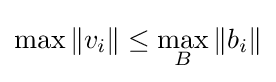
\max \|v_{i}\|\leq \max _{B}\|b_{i}\|